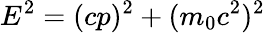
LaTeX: E^{2}=(cp)^{2}+(m_{0}c^{2})^{2}